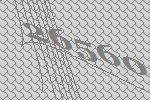
26560